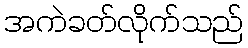
အကဲခတ်လိုက်သည်